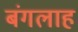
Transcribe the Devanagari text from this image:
बंगलाह